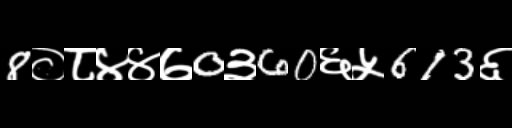
Text: 8०८४४७0३60६५613६